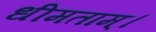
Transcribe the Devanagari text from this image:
धीमताम्।